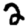
Digit: 2